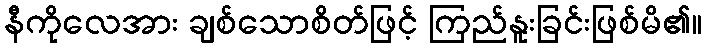
နီကိုလေအား ချစ်သောစိတ်ဖြင့် ကြည်နူးခြင်းဖြစ်မိ၏။